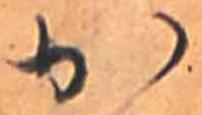
か